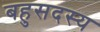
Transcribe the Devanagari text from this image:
बहुसदस्य